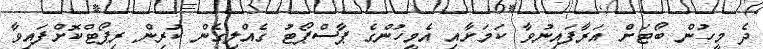
ދެ މީހުން ބޯޓަށް އަރާފައިނުވާ ކަމަށާއި އެމީހުންގެ ޕާސްޕޯޓު ގެއްލިގެން ކުރިން ރިޕޯޓްކޮށްފައިވާ